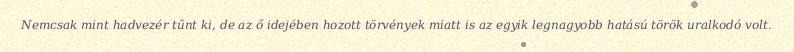
Nemcsak mint hadvezér tűnt ki, de az ő idejében hozott törvények miatt is az egyik legnagyobb hatású török uralkodó volt.